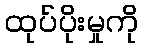
ထုပ်ပိုးမှုကို